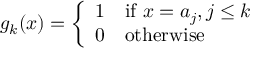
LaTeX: g _ { k } ( x ) = \left\{ { \begin{array} { l l } { 1 } & { { \mathrm { i f ~ } } x = a _ { j } , j \leq k } \\ { 0 } & { { \mathrm { o t h e r w i s e } } } \end{array} } \right.